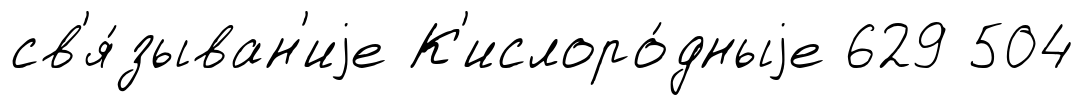
св'я́зыван'иjе К'ислоро́дныjе 629 504